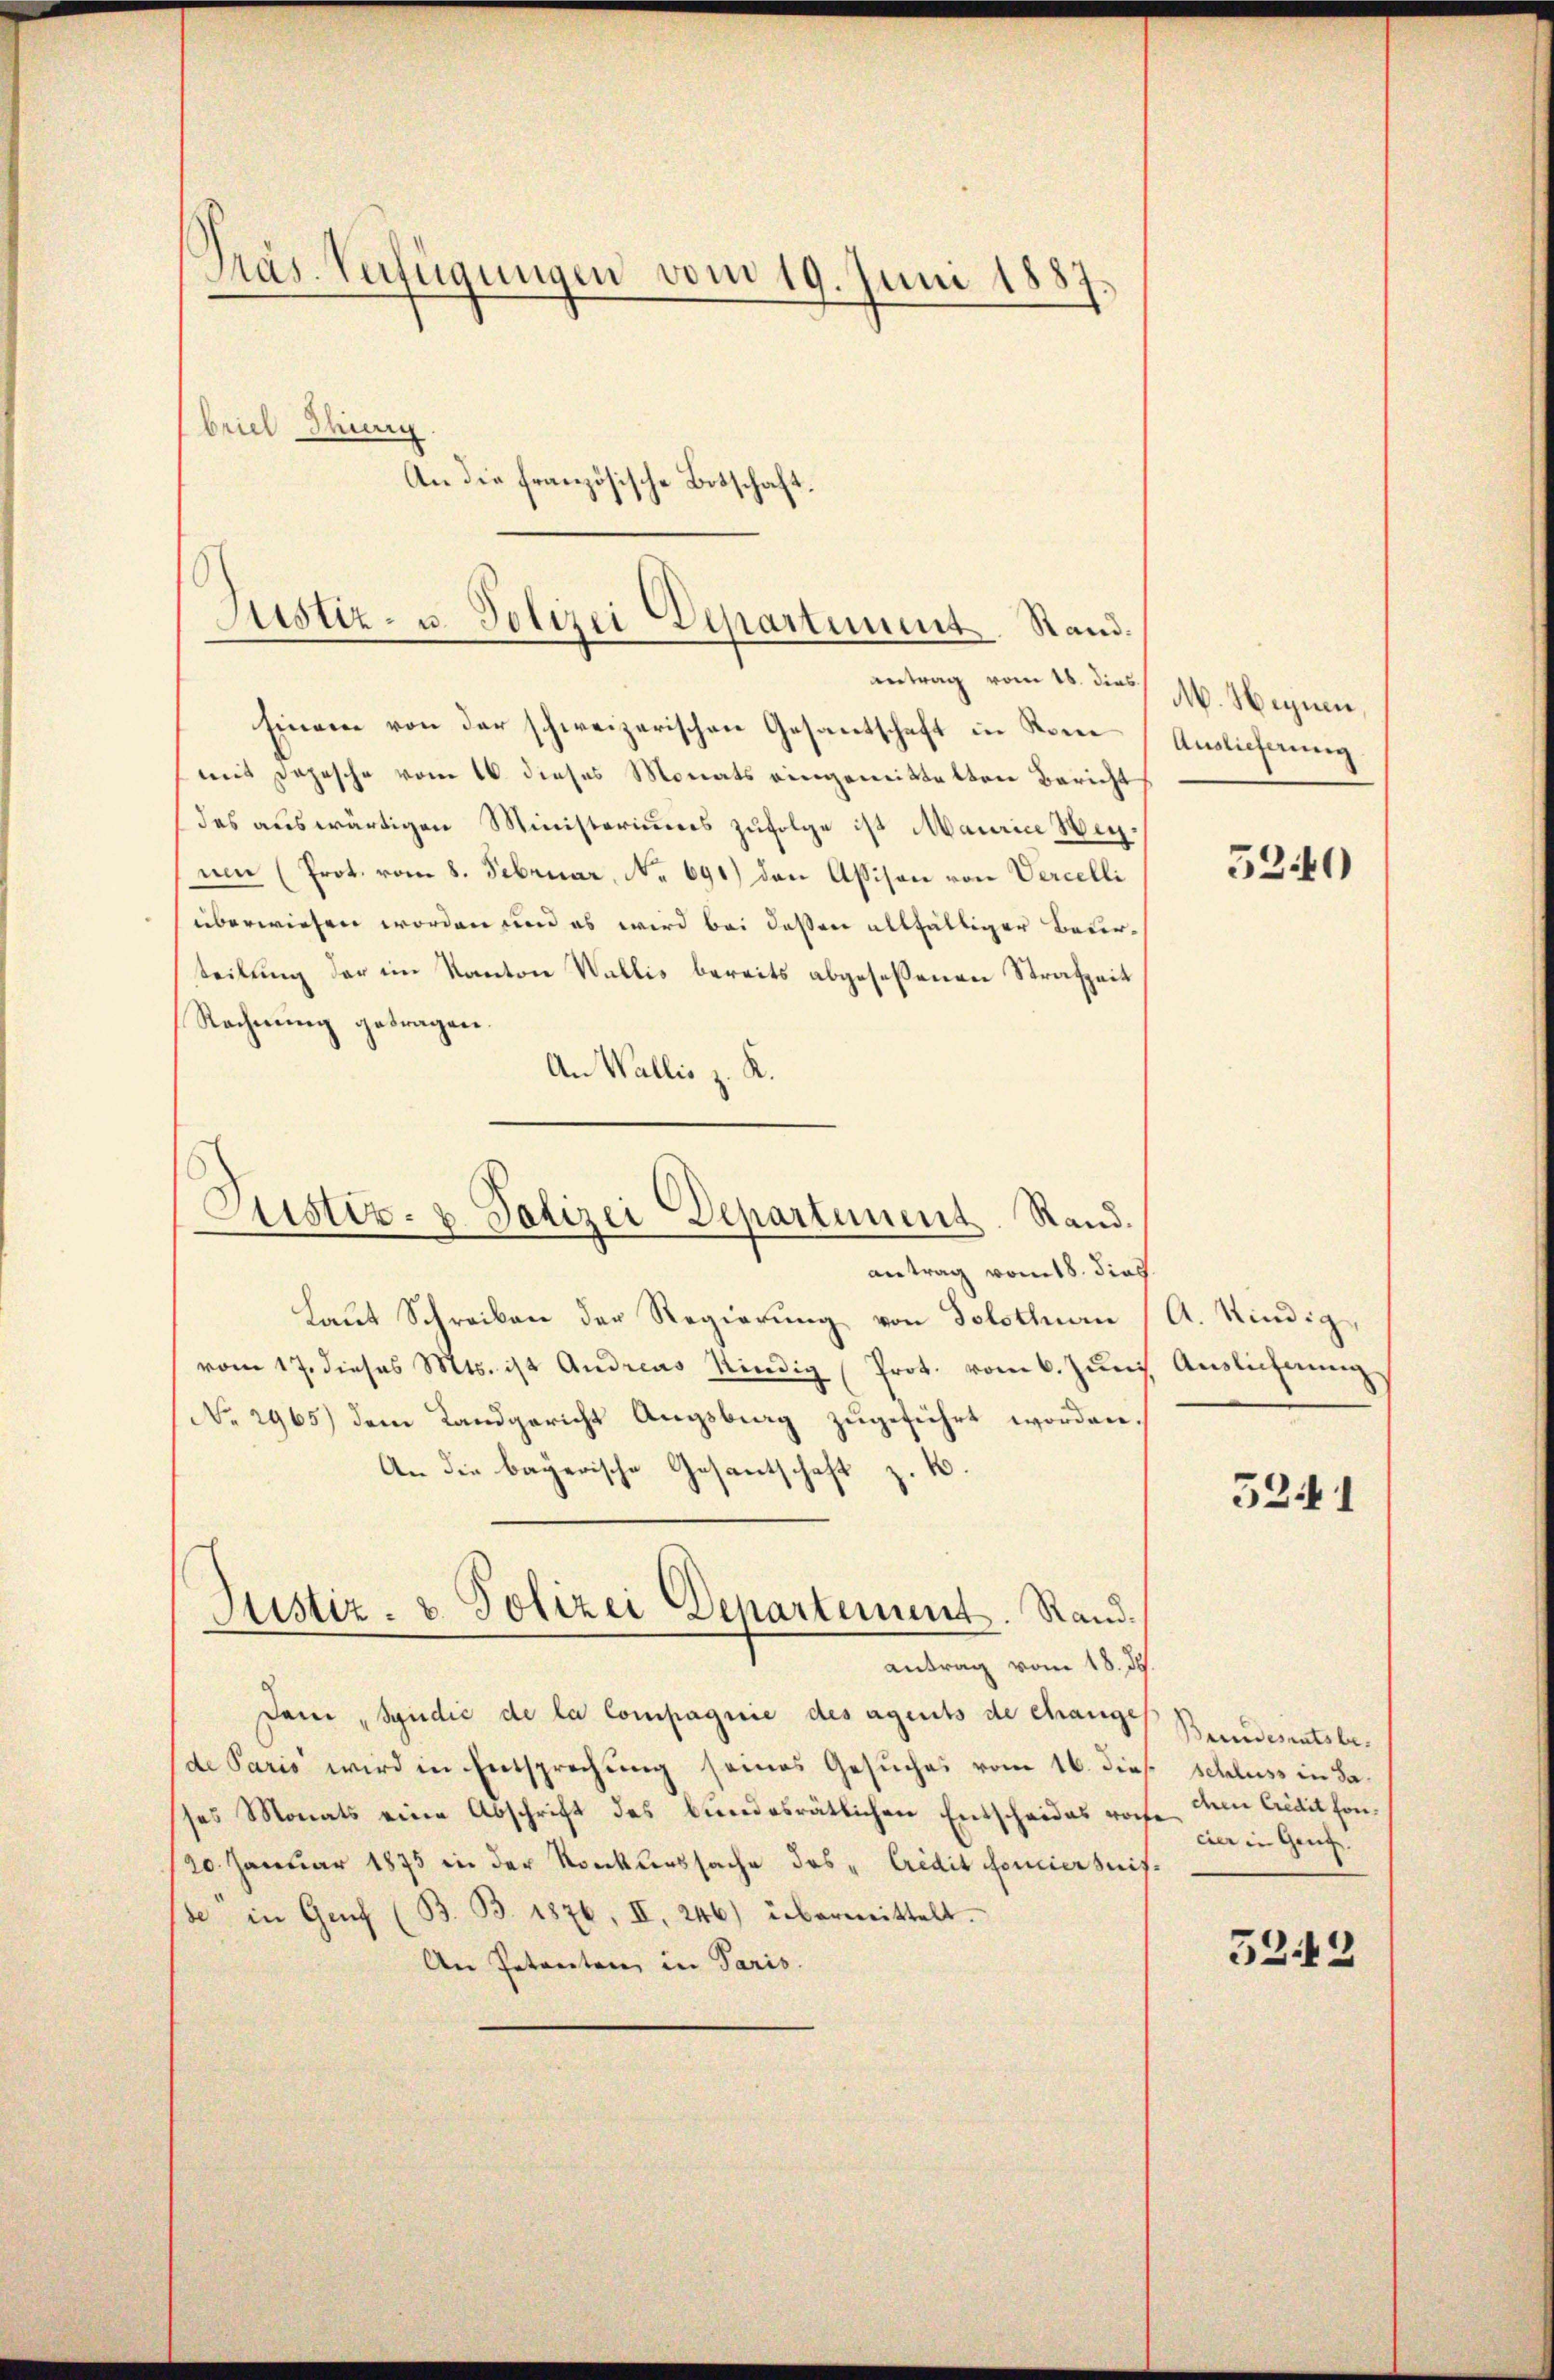
Präs. Verfügungen vom 19. Juni 1887
briel thung
An die französische Botschaft

antrag vom 18. dies
Einem von der schweizerischen Gesantschaft in Kommit Depesche vom 16. dieses Monats eingeneittelten Bericht
das auswärtigen Ministeriums zufolge ist Maurice Wegnen (Prot. vom 8. Februar, No 691) den Assison von Vercelli
überwiesen worden und es wird bei deßen allfälliger Beurteilung der im Kanton Wallis bereits abgeseßenen Strafzeit
Rechnung getragen.
An Wallis z. K.
antrag vom 18. dies
Laut Schreiben der Regierung von Solothurn
vom 17. dieses Mts. ist Andreas Kindig (Prot. vom 6. Juni
No 2965) dem Landgericht Augsburg zugeführt worden.
An die bayerische Gesantschaft z. B
Justiz- & Polizei Departement. Rand.
antrag vom 18. J.
Dem "Spidić de la Compagnie des agents de Changes
de Paris wird in Entsprechung seines Gesuches vom 16. dies
sses Monats eine Abschrift des bundesrätlichen Entscheides noch
20. Januar 1875 in der Konkurssache des " Credit foncierseit
de in Genf (B. B. 1876, II, 246) übermittelt.
An Petenten in Paris.

Justiz- u. Polizei Departement. Stand.

Justiz- & Polizei Departement. Rand.

M. Hegnen
Auslieferung

5240

A. Kindig,
Auslieferung

5241

Bundesratsbeschluss in da.
chen Credit hon.
cier in Genf.

5242